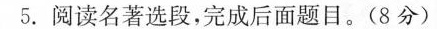
5.阅读名著选段，完成后面题目。(8分)